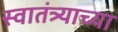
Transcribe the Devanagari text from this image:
स्‍वातंत्र्याच्‍या